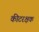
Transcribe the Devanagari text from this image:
कीटरक्षक